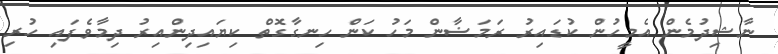
ނާޝިދުމެން އެމީހުން ކުޑައިރު ރަމަޟާން މަހު ކަން ހިނގާގޮތް ކިޔައިދިންއިރު ދިމާވެފައި ހުރި